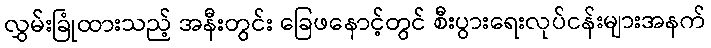
လွှမ်းခြုံထားသည့် အနီးတွင်း ခြေဖနောင့်တွင် စီးပွားရေးလုပ်ငန်းများအနက်